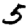
Digit: 5